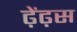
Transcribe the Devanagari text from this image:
ढ़ेंढ़स